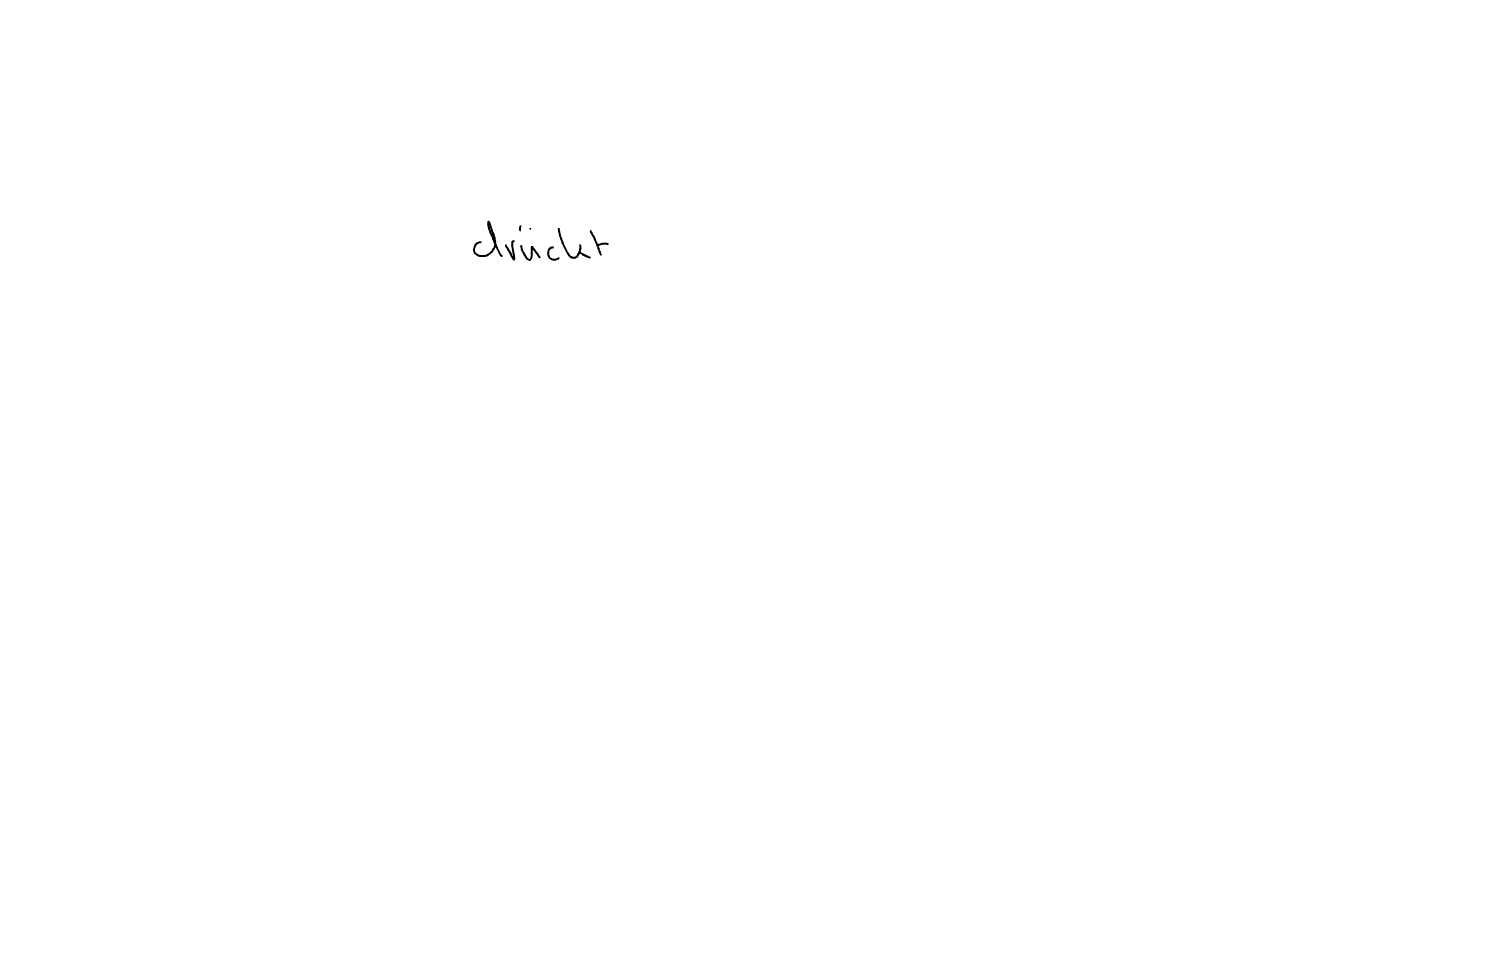
Text: drückt